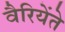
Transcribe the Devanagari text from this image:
वैरियेंते